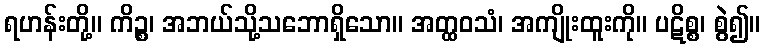
ရဟန်းတို့။ ကိဉ္စ၊ အဘယ်သို့သဘောရှိသော။ အတ္ထဝသံ၊ အကျိုးထူးကို။ ပဋိစ္စ၊ စွဲ၍။